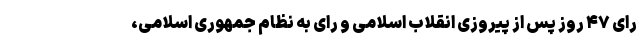
رای ۴۷ روز پس از پیروزی انقلاب اسلامی و رای به نظام جمهوری اسلامی،